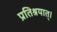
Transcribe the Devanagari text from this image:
प्रतिश्रयात्।